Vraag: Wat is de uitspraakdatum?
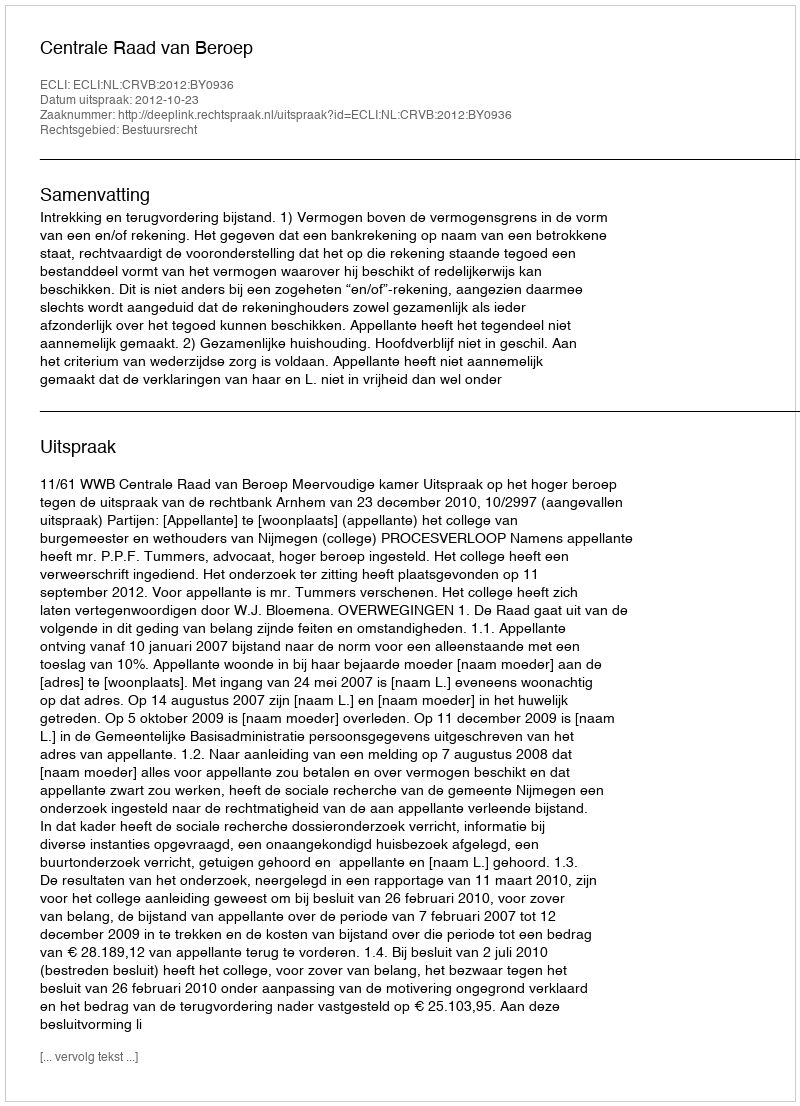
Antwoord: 2012-10-23